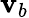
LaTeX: \mathbf{v}_{b}